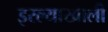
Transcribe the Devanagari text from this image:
इरल्याखाली